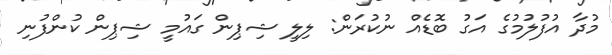
މުދާ އުފުލުމުގެ އަގު ބޮޑެއް ނުކުރަން: ލިލީ ޝިޕިން ގައުމީ ޝިޕިން ކުންފުނި